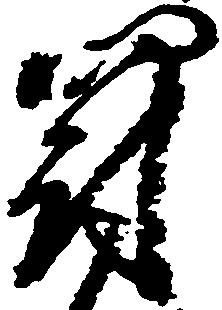
罰